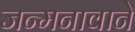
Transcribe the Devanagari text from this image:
जन्मनावाने